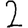
Digit: 2